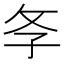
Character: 𢻯